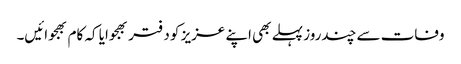
وفات سے چندروز پہلے بھی اپنے عزیز کو دفتر بھجوایا کہ کام بھجوائیں۔